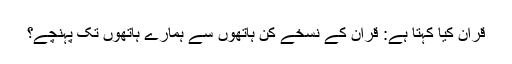
قرآن کیا کہتا ہے: قران کے نسخے کن ہاتھوں سے ہمارے ہاتھوں تک پہنچے؟